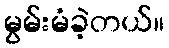
မွမ်းမံခဲ့တယ်။